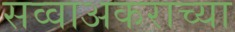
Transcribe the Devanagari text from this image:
सव्वाअकराच्या